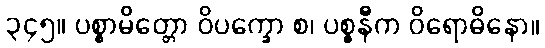
၃၄၅။ ပစ္စာမိတ္တော ဝိပက္ခော စ၊ ပစ္စနီက ဝိရောဓိနော။